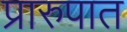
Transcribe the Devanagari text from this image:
प्रारुपात